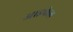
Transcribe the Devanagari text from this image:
आइफेल